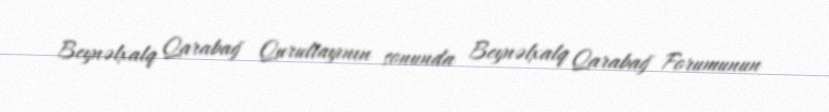
Beynəlxalq Qarabağ Qurultayının sonunda Beynəlxalq Qarabağ Forumunun